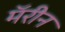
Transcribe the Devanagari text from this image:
मॅरीन